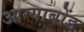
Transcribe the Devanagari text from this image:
आग्याबोंड